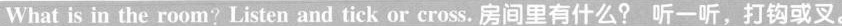
What is in the room? Listen and tick or cross.房间里有什么?听一听,打钩或叉.